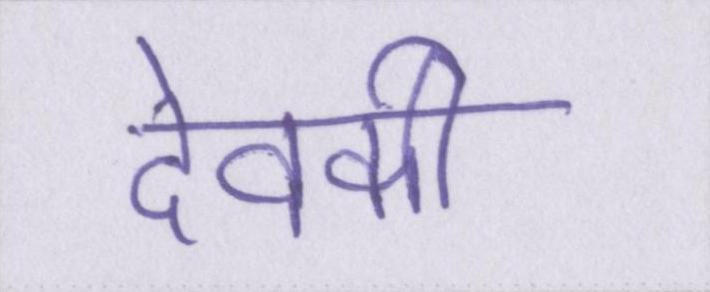
देवकी